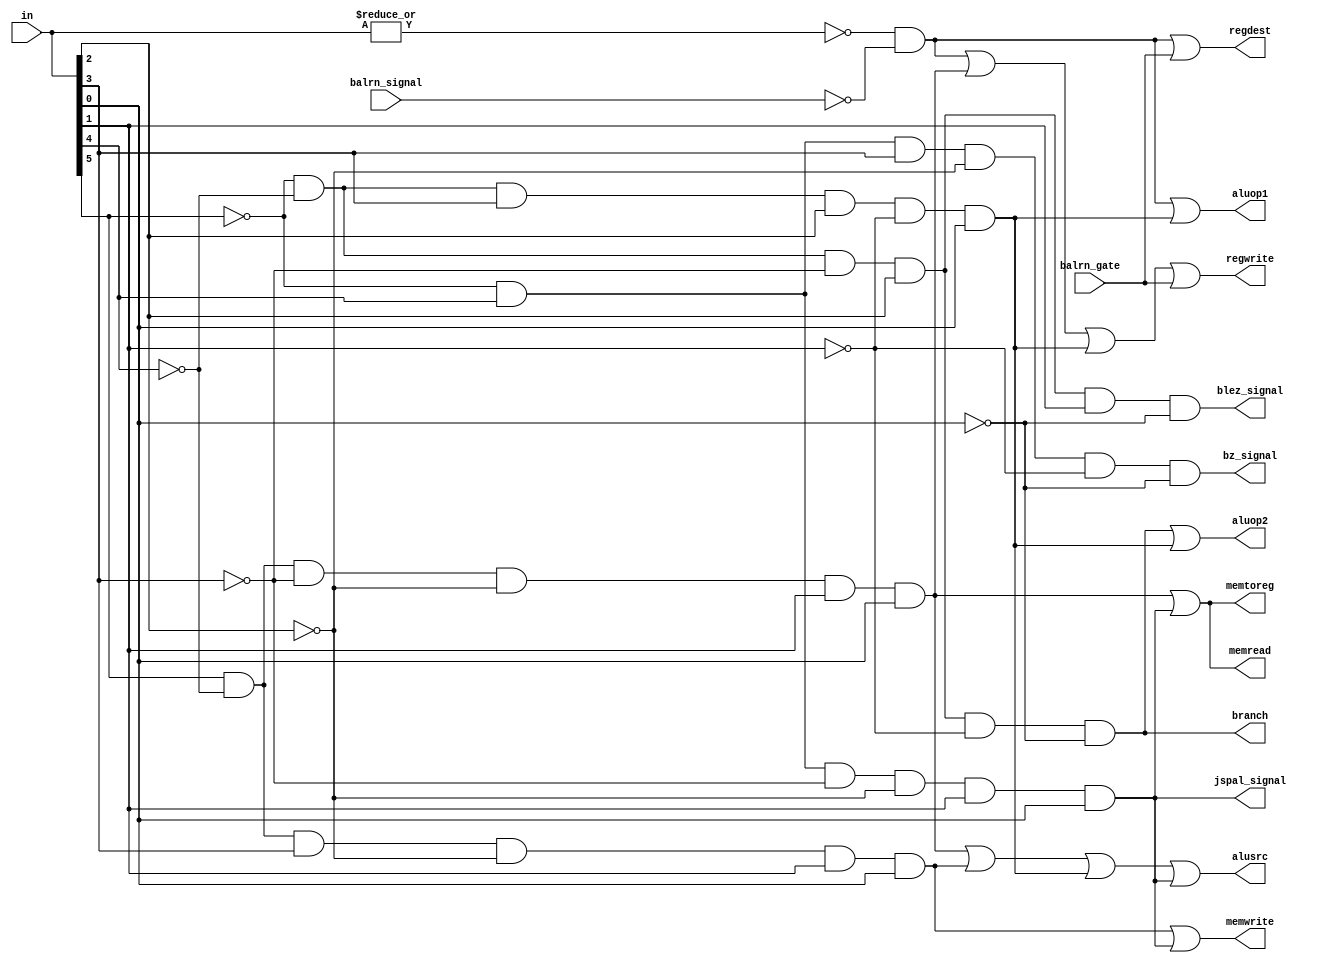
module control(in,balrn_gate,balrn_signal,regdest,alusrc,memtoreg,regwrite,memread,memwrite,branch,aluop1,aluop2,jspal_signal,blez_signal,bz_signal);
input [5:0] in;
input balrn_gate;
input balrn_signal;
output regdest,alusrc,memtoreg,regwrite,memread,memwrite,branch,aluop1,aluop2,jspal_signal,blez_signal,bz_signal;
wire rformat,lw,sw,beq,ori,jspal,blez,bz;
assign rformat= (~|in) && (~balrn_signal) ;
assign lw=in[5]& (~in[4])&(~in[3])&(~in[2])&in[1]&in[0];
assign sw=in[5]& (~in[4])&in[3]&(~in[2])&in[1]&in[0];
assign beq=~in[5]& (~in[4])&(~in[3])&in[2]&(~in[1])&(~in[0]);
assign ori= (~in[5]) & (~in[4]) & in[3] & in[2] & (~in[1]) & in[0];
assign jspal= (~in[5]) & in[4] & (~in[3]) & (~in[2]) & in[1] & in[0];
assign blez= (~in[5]) & (~in[4]) & (~in[3]) & in[2] & in[1] & (~in[0]);
assign bz= (~in[5]) & in[4] & in[3] & (~in[2]) & (~in[1]) & (~in[0]);
assign regdest=rformat | balrn_gate;
assign alusrc=lw|sw|ori|jspal;
assign memtoreg=lw|jspal;
assign regwrite=rformat|lw|ori|balrn_gate;
assign memread=lw|jspal ;
assign memwrite=sw|jspal;
assign branch=beq;
assign aluop1=rformat|ori;
assign aluop2=beq|ori;
assign jspal_signal = jspal;
assign blez_signal = blez;
assign bz_signal = bz;
endmodule